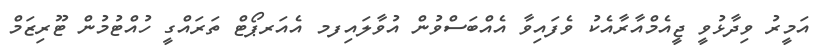
އަމީރު ވިދާޅުވީ ޖީއެމްއާރާއެކު ވެފައިވާ އެއްބަސްވުން އުވާލައިފމ އެއަރޕޯޓް ތަރައްގީ ހުއްޓުމުން ޓޫރިޒަމް